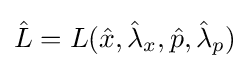
{\hat {L}}=L({\hat {x}},{\hat {\lambda }}_{x},{\hat {p}},{\hat {\lambda }}_{p})